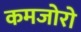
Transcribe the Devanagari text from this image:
कमजोरो